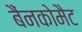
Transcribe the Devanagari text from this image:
बैंनकोमैट